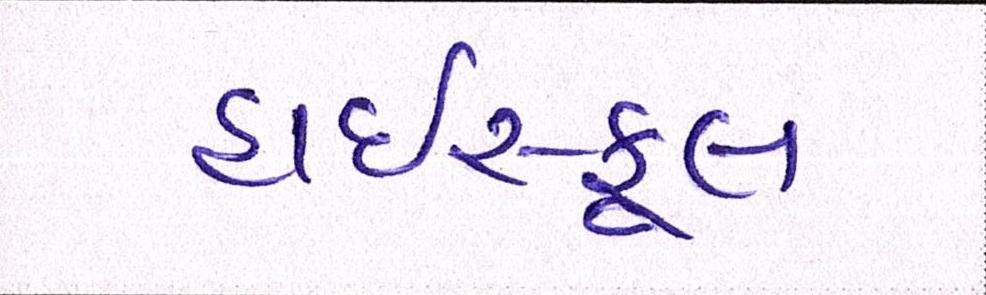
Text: હાઇસ્કૂલ